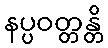
နပ္ပဝတ္တန္တိ